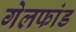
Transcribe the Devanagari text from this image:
गेलफांड